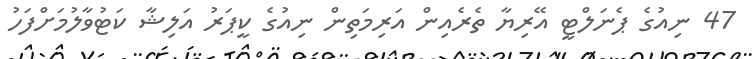
47 ނިއުގެ ޕެނަލްޓީ އޭރިޔާ ތެރެއިން އަރިމަތިން ނިއުގެ ކީޕަރު އަލިޝާ ކަޓުވާލުމަށްފަހު